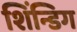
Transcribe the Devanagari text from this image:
शिंन्डिग